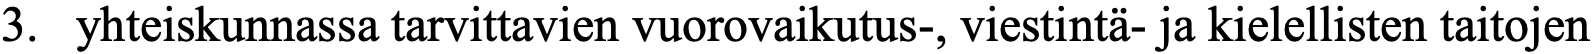
3. yhteiskunnassa tarvittavien vuorovaikutus-, viestintä- ja kielellisten taitojen